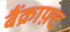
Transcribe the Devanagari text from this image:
बैंक्राफ़्ट